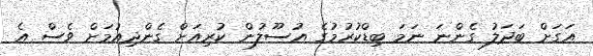
އަގަށް ބަދަލު ގެންނަ ނަމަ ބިޑްކުރުމުގެ އުސޫލުން ކުރިއަށް ގެންދިއުމަށް ވެސް އެ